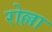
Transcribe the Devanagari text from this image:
रोल्ला